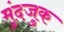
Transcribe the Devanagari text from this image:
मुंदजुक